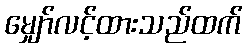
မျှော်လင့်ထားသည်ထက်